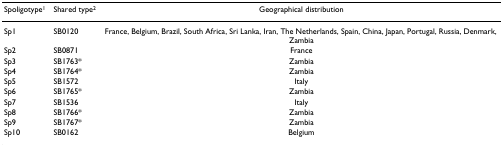
<table><thead><tr><td><b>Spoligotype<sup>1</sup></b></td><td><b>Shared type<sup>2</sup></b></td><td><b>Geographical distribution</b></td></tr></thead><tbody><tr><td>Sp1</td><td>SB0120</td><td>France, Belgium, Brazil, South Africa, Sri Lanka, Iran, The Netherlands, Spain, China, Japan, Portugal, Russia, Denmark, Zambia</td></tr><tr><td>Sp2</td><td>SB0871</td><td>France</td></tr><tr><td>Sp3</td><td>SB1763*</td><td>Zambia</td></tr><tr><td>Sp4</td><td>SB1764*</td><td>Zambia</td></tr><tr><td>Sp5</td><td>SB1572</td><td>Italy</td></tr><tr><td>Sp6</td><td>SB1765*</td><td>Zambia</td></tr><tr><td>Sp7</td><td>SB1536</td><td>Italy</td></tr><tr><td>Sp8</td><td>SB1766*</td><td>Zambia</td></tr><tr><td>Sp9</td><td>SB1767*</td><td>Zambia</td></tr><tr><td>Sp10</td><td>SB0162</td><td>Belgium</td></tr></tbody></table>